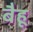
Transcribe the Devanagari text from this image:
बैहू